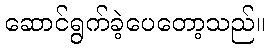
ဆောင်ရွက်ခဲ့ပေတော့သည်။